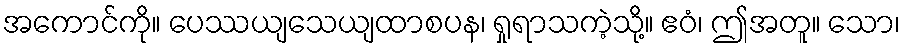
အကောင်ကို။ ပေဿယျသေယျထာစပန၊ ရှုရာသကဲ့သို့။ ဧဝံ၊ ဤအတူ။ သော၊